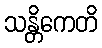
သန္တိကေတိ